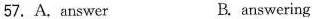
57.A.answer B. answering